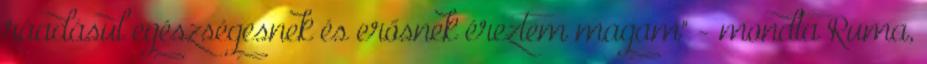
ráadásul egészségesnek és erősnek éreztem magam" - mondta Ruma,